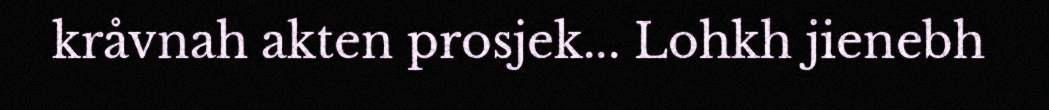
kråvnah akten prosjek... Lohkh jienebh